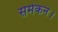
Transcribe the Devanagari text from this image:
समेकन।